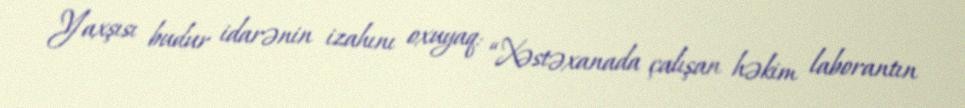
Yaxşısı budur idarənin izahını oxuyaq: “Xəstəxanada çalışan həkim laborantın